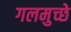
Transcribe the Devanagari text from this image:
गलमुच्छे